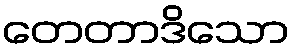
တေတာဒိသော